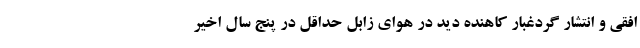
افقی و انتشار گردغبار کاهنده دید در هوای زابل حداقل در پنج سال اخیر